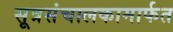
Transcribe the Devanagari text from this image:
सूत्रसंचालकामार्फत